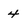
Character: 4